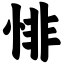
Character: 悱